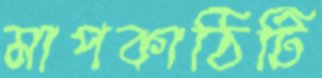
মাপকাঠিটি